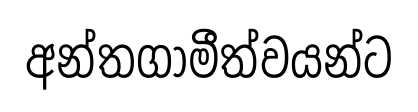
අන්තගාමීත්වයන්ට